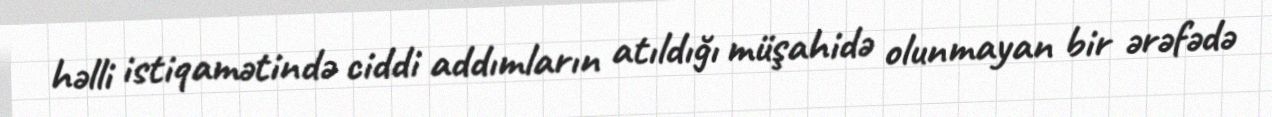
həlli istiqamətində ciddi addımların atıldığı müşahidə olunmayan bir ərəfədə